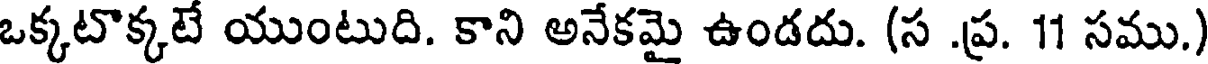
ఒక్కటొక్కటే యుంటుది. కాని అనేకమై ఉండదు. (స .ప్ర. 11 సము.)